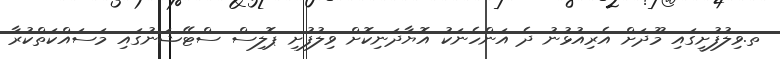
ތ.ވިލުފުށީގައި މޫދަށް އެރިއުޅުނު ދެ އަންހެނަކު އޮޔާދަނިކޮށް ވިލުފުށި ޕޮލިސް ސްޓޭޝަނުގައި މަސައްކަތްކުރާ